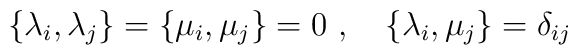
\{\lambda_i,\lambda_j\}=\{\mu_i,\mu_j\}=0~, \quad \{\lambda_i,\mu_j\}=\delta_{ij}